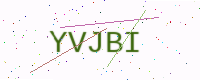
Text: YVJBI